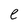
Character: e